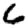
Digit: 6